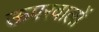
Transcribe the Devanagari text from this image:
ऊपरवालों